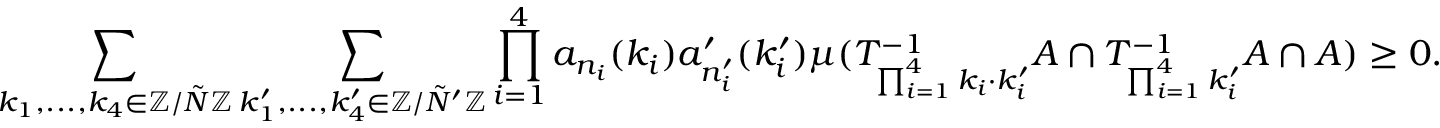
\sum _ { k _ { 1 } , . . . , k _ { 4 } \in \mathbb { Z } / \tilde { N } \mathbb { Z } } \sum _ { k _ { 1 } ^ { \prime } , . . . , k _ { 4 } ^ { \prime } \in \mathbb { Z } / \tilde { N } ^ { \prime } \mathbb { Z } } \prod _ { i = 1 } ^ { 4 } a _ { n _ { i } } ( k _ { i } ) a _ { n _ { i } ^ { \prime } } ^ { \prime } ( k _ { i } ^ { \prime } ) \mu ( T _ { \prod _ { i = 1 } ^ { 4 } k _ { i } \cdot k _ { i } ^ { \prime } } ^ { - 1 } A \cap T _ { \prod _ { i = 1 } ^ { 4 } k _ { i } ^ { \prime } } ^ { - 1 } A \cap A ) \geq 0 .